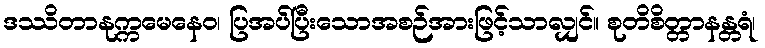
ဒဿိတာနုက္ကမေနေဝ၊ ပြအပ်ပြီးသောအစဉ်အားဖြင့်သာလျှင်။ စုတိစိတ္တာနန္တရံ၊